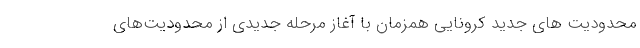
محدودیت های جدید کرونایی همزمان با آغاز مرحله جدیدی از محدودیت‌های